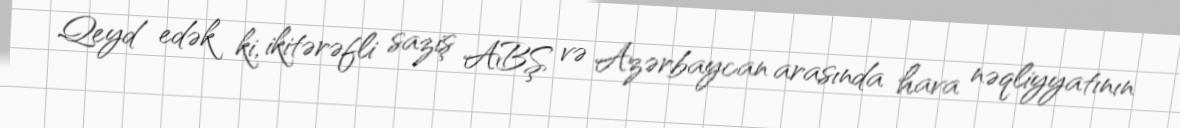
Qeyd edək ki, ikitərəfli saziş ABŞ və Azərbaycan arasında hava nəqliyyatının